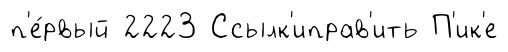
п'е́рвый 2223 Ссылк'иправ'ить П'ик'е